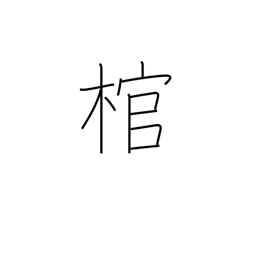
Meaning: coffin